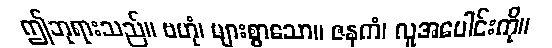
ဤဘုရားသည်။ ဗဟုံ၊ များစွာသော။ ဇနကံ၊ လူအပေါင်းကို။